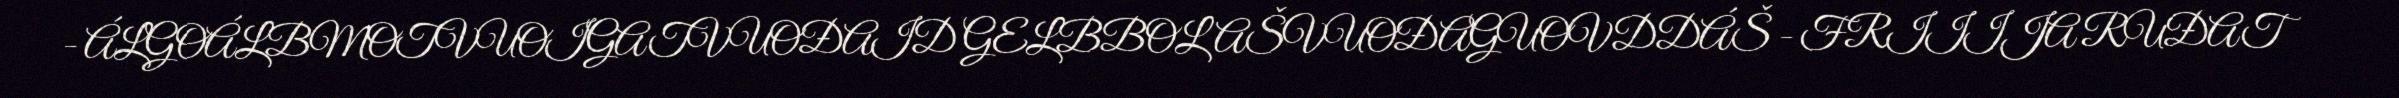
- ÁLGOÁLBMOTVUOIGATVUOĐAID GELBBOLAŠVUOĐAGUOVDDÁŠ - FRIIIJA RUĐAT